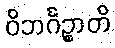
ဝိဘင်္ဂဉ္စာတိ